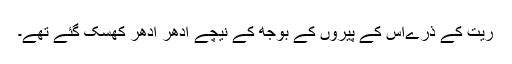
ریت کے ذرّےاُس کے پیروں کے بوجھ کے نیچے اِدھر اُدھر کِھسک گئے تھے۔